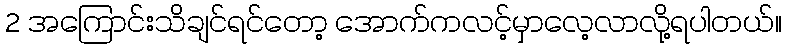
2 အကြောင်းသိချင်ရင်တော့ အောက်ကလင့်မှာလေ့လာလို့ရပါတယ်။